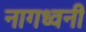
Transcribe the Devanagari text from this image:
नागध्वनी